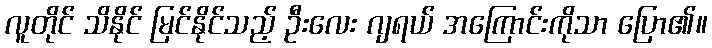
လူတိုင် သိနိုင် မြင်နိုင်သည့် ဦးလေး ဂျရယ် အကြောင်းကိုသာ ပြော၏။